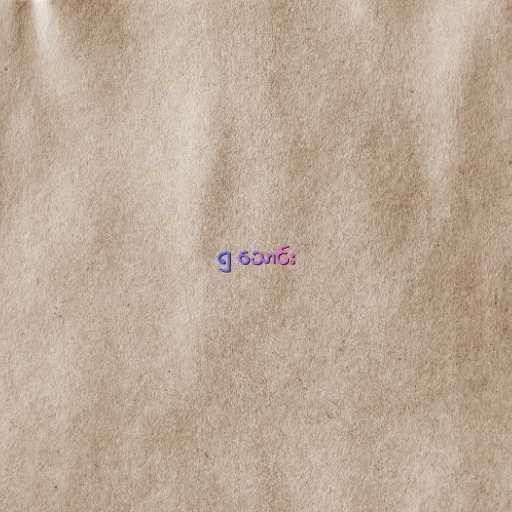
၅ သောင်း